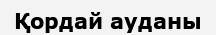
Қордай ауданы